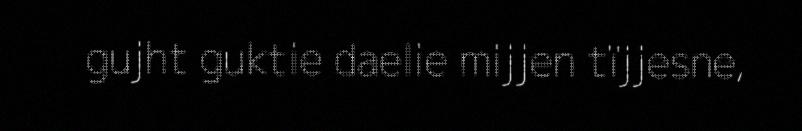
gujht guktie daelie mijjen tïjjesne,